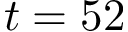
t = 5 2